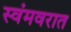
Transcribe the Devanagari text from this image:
स्वंमवरात